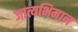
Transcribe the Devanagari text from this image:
जात्यभिमान